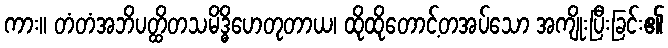
ကား။ တံတံအဘိပတ္ထိတသမိဒ္ဓိဟေတုတာယ၊ ထိုထိုတောင့်တအပ်သော အကျိုးပြီးခြင်း၏